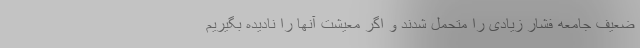
ضعیف جامعه فشار زیادی را متحمل شدند و اگر معیشت آنها را نادیده بگیریم